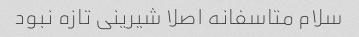
سلام متاسفانه اصلا شیرینی تازه نبود